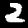
Digit: 2